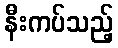
နီးကပ်သည့်